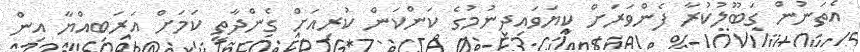
އެތަނުން ގަބޫލުކުރާ ފެންވަރަށް ކިޔަވައިދިނުމުގެ ކަންކަން ކުރިއަށް ގެންދާތީ ކަމަށް އަރަބިއްޔާ އިން